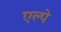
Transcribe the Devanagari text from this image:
एल्पे